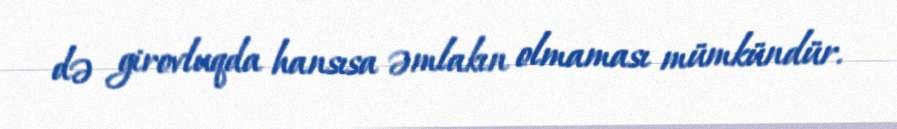
də girovluqda hansısa əmlakın olmaması mümkündür.